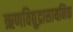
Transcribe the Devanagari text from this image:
ऋणविद्युद्रासायनिक